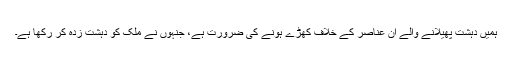
ہمیں دہشت پھیلانے والے ان عناصر کے خلاف کھڑے ہونے کی ضرورت ہے، جنہوں نے ملک کو دہشت زدہ کر رکھا ہے۔